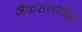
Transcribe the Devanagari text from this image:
जैकसनविल्ल